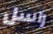
راسل